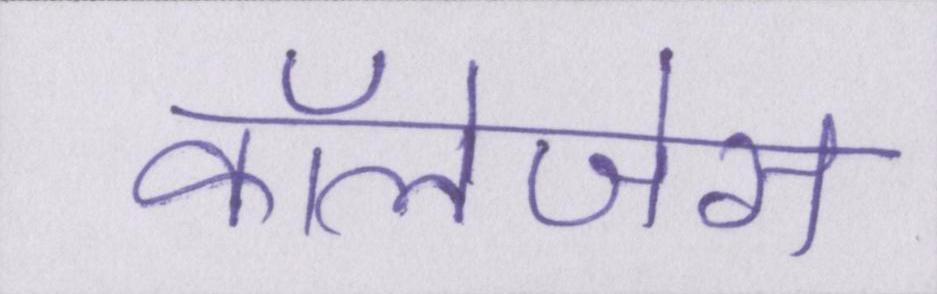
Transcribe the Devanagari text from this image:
कॉलेजेस